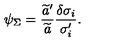
\psi _ { \Sigma } = { \frac { \widetilde { a } ^ { \prime } } { \widetilde { a } } } { \frac { \delta \sigma _ { i } } { \sigma _ { i } ^ { \prime } } } .